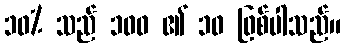
၁၀% သည် ၁၀၀ ၏ ၁၀ ဖြစ်ပါသည်။